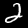
Digit: 2